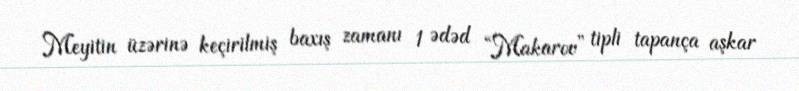
Meyitin üzərinə keçirilmiş baxış zamanı 1 ədəd “Makarov” tipli tapança aşkar